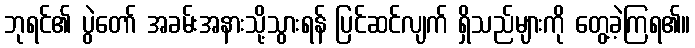
ဘုရင်၏ ပွဲတော် အခမ်းအနားသို့သွားရန် ပြင်ဆင်လျက် ရှိသည်များကို တွေ့ခဲ့ကြရ၏။